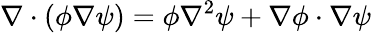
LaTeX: \nabla\cdot(\phi\nabla\psi)=\phi\nabla^{2}\psi+\nabla\phi\cdot\nabla\psi